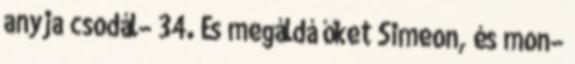
anyja csodál− 34. És megáldá őket Simeon, és mon−